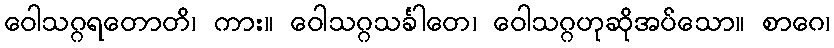
ဝေါသဂ္ဂရတောတိ၊ ကား။ ဝေါသဂ္ဂသင်္ခါတေ၊ ဝေါသဂ္ဂဟုဆိုအပ်သော။ စာဂေ၊